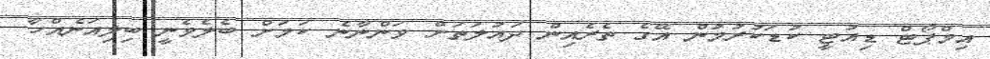
އިމްޕޯޓް ޑިއުޓީ ކުޑަކުރުމުން އޭގެ ތެރެއިން ދައުލަތަށް ވަންނާނެ ކަމަށް ބެލެވެނީ ބިލިއަނެއްހާ